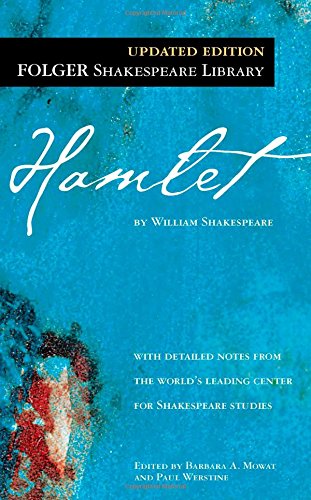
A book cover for Hamlet ( Folger Library Shakespeare); William Shakespeare; Literature & Fiction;